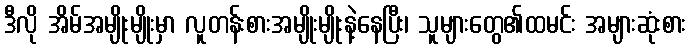
ဒီလို အိမ်အမျိုးမျိုးမှာ လူတန်းစားအမျိုးမျိုးနဲ့နေပြီး၊ သူများတွေ၏ထမင်း အများဆုံးစား